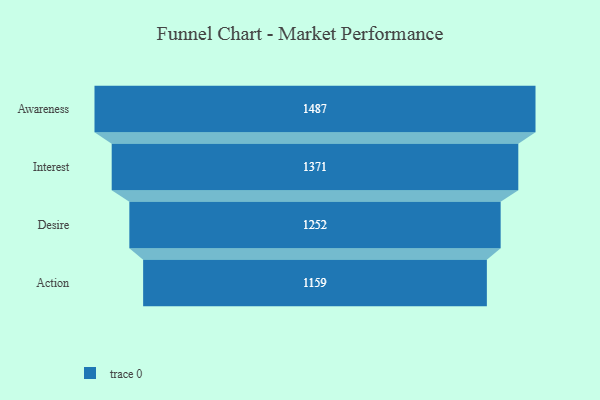
{"axis": {"x": "Stage", "y": "Value"}, "legend": [""], "data": [{"x": "Awareness", "y": 1487.0, "type": ""}, {"x": "Interest", "y": 1371.0, "type": ""}, {"x": "Desire", "y": 1252.0, "type": ""}, {"x": "Action", "y": 1159.0, "type": ""}]}